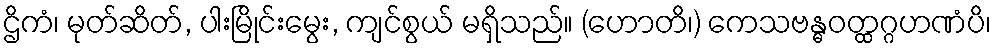
ဌိကံ၊ မုတ်ဆိတ်, ပါးမြိုင်းမွေး, ကျင်စွယ် မရှိသည်။ (ဟောတိ၊) ကေသဗန္ဓဝတ္ထဂ္ဂဟဏံပိ၊